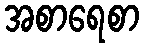
အစာရေစာ